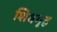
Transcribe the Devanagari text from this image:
शिवगृह